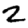
Digit: 2